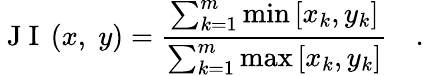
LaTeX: \mathrm{~J~I~}\left(x,\; y\right)=\frac{\sum_{k=1}^{m}\operatorname*{min}\left[x_{k},y_{k}\right]}{\sum_{k=1}^{m}\operatorname*{max}\left[x_{k},y_{k}\right]}\quad.